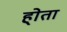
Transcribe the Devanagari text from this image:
हो्ता